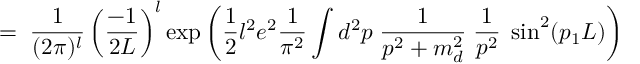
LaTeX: = \; \frac { 1 } { ( 2 \pi ) ^ { l } } \left( \frac { - 1 } { 2 L } \right) ^ { l } \exp \left( \frac { 1 } { 2 } l ^ { 2 } e ^ { 2 } \frac { 1 } { \pi ^ { 2 } } \int d ^ { 2 } p \; \frac { 1 } { p ^ { 2 } + m _ { d } ^ { 2 } } \; \frac { 1 } { p ^ { 2 } } \; \sin ^ { 2 } ( p _ { 1 } L ) \right)